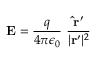
\mathbf { E } = { \frac { q } { 4 \pi \epsilon _ { 0 } } } \ { \frac { \mathbf { { \hat { r } } ^ { \prime } } } { | \mathbf { r } ^ { \prime } | ^ { 2 } } }